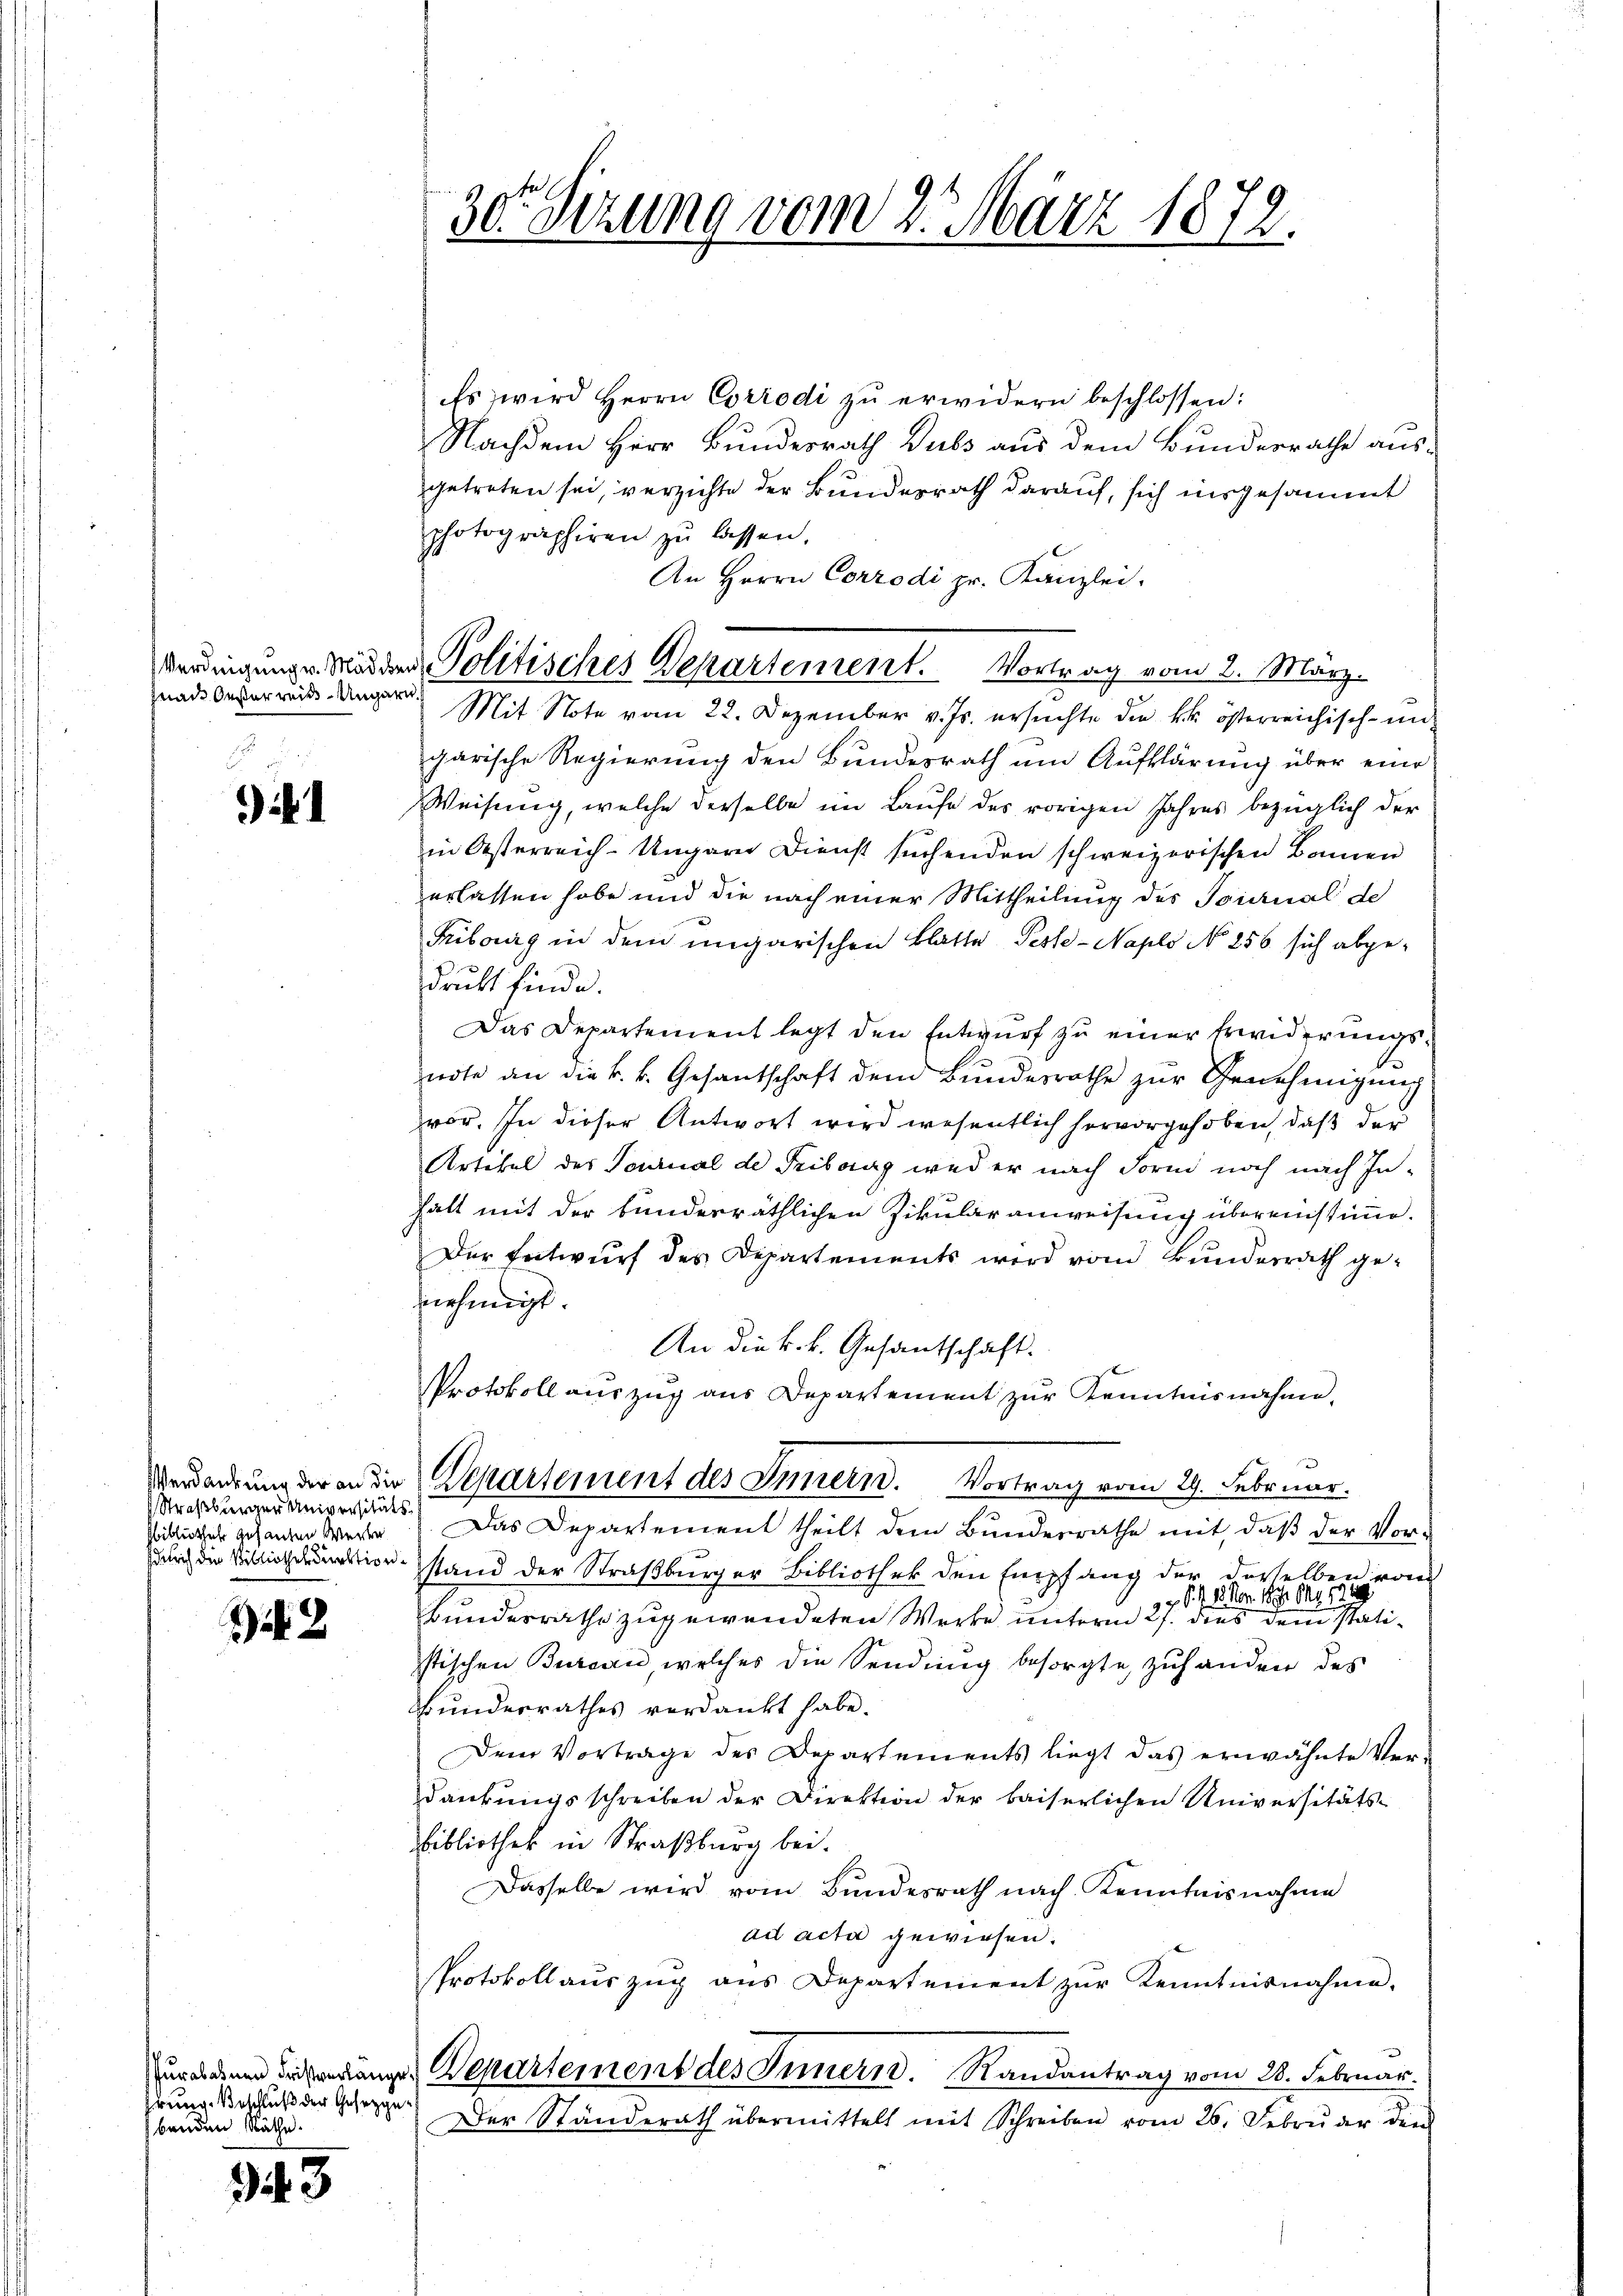
znad Oesterreis- Ungarn

if

2

irung. Beschluß der Gesetzge
benden Räthe.

43

Straßburger Universitäts
bibliothek gesanten Werker
Zürich die Bibliothekduktion

30. Sizung vom 2. März 1872.

Es wird Herrn Corrodi zŭ erwidern beschlossen:
Nachdem Herr Bundesrath Dubs aus dem Bundesrathe ausgetreten sei, verzichte der Bundesrath darauf, sich insgesammt
photographiren zu lassen.
An Herrn Corrodi pr. Kanzlei.
garische Regierung den Bundesrath um Aufklärung über eine
Weisung, welche derselbe im Laufe des vorigen Jahres bezüglich der
in Oesterreich-Ungarn Dienst suchenden schweizerischen Bannen
erlassen habe und die nach einer Mittheilung des Tournal de
Fribourg in dem ungarischen Blatte Peste - Naplo No 256 sich abgedruckt finde.
Das Departement legt den Entwurf zu einer Erwiderungsnote an die k. k. Gesantschaft dem Bundesrathe zur Genehmigung
vor. In dieser Antwort wird wesentlich hervorgehoben, daß der
Artikel des Tournal de Tribung weder nach Form noch nach Inhält mit der bunderräthlichen Zikular anweisung übereinstimme.
Der Entwurf des Departements wird von Bundesrath genehmigt.
An die k.k. Gesantschaft.
Protokoll aŭszŭg ans Departement zŭr Kenntnisnahme,
Verdankung der in die Departement des Innern. Vortrag vom 29. Februar.
Das Departement theilt dem Bundesrathe mit, daß der Vorstand der Straßburger Bibliothek den Empfang der desselben vom
15. Nov. 1874. Okt. 119.
g. se
Bundesrathe zugewendeten Werke unterm 27. dies dem Statistischen Bureau, welches die Sendung besorgte, zuhanden des
Bundesrathes verdankt habe.
Dem Vortrage des Departements liegt das erwähnte Ver-
dankungsschreiben der Direktion der baiserlichen Universitäts¬
Bibliothek in Straßburg bei.
Dasselbe wird vom Bundesrath nach Kenntnisnahme
ad acta gewiesen.
Protokollauszug aus Departement zŭr Kenntnisnahme.
Zuredenen Seiterlänge Departement des Innern. Randantrag vom 28. Februar.
Der Ständerath übermittelt mit Schreiben vom 26. Febrŭder den

Verdingungen Morden Politisches Departement. Vortrag vom 2. März.
Mit Note vom 22. Dezember v. Js. ersuchte die kk. österreichisch-un¬